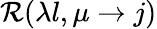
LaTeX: \mathcal{R}(\lambda l,\mu\to j)